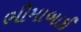
ભીમાબાઈ